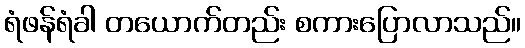
ရံဖန်ရံခါ တယောက်တည်း စကားပြောလာသည်။